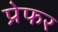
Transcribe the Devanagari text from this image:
प्रेफर